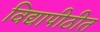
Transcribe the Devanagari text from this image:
विद्यापीठीत